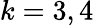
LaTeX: k=3,4